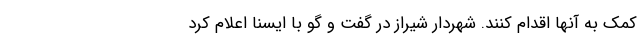
کمک به آنها اقدام کنند. شهردار شیراز در گفت و گو با ایسنا اعلام کرد